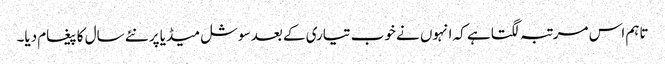
تاہم اس مرتبہ لگتا ہے کہ انہوں نے خوب تیاری کے بعد سوشل میڈیا پر نئے سال کا پیغام دیا۔